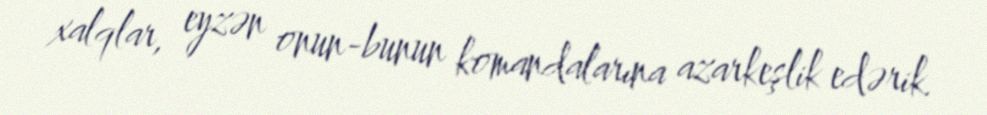
xalqlar, eyzən onun-bunun komandalarına azarkeşlik edərik.